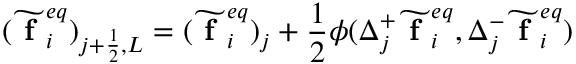
( \widetilde { \textbf { f } } _ { i } ^ { e q } ) _ { j + \frac { 1 } { 2 } , L } = ( \widetilde { \textbf { f } } _ { i } ^ { e q } ) _ { j } + \frac { 1 } { 2 } \phi ( \Delta _ { j } ^ { + } \widetilde { \textbf { f } } _ { i } ^ { e q } , \Delta _ { j } ^ { - } \widetilde { \textbf { f } } _ { i } ^ { e q } )